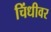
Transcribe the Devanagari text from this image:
चिंधीवर